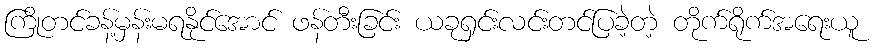
ကြိုတင်ခန့်မှန်းမရနိုင်အောင် ဖန်တီးခြင်း ယခုရှင်းလင်းတင်ပြခဲ့တဲ့ တိုက်ရိုက်အရေးယူ